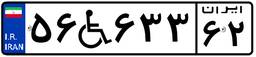
۵۶W۶۳۳۶۲